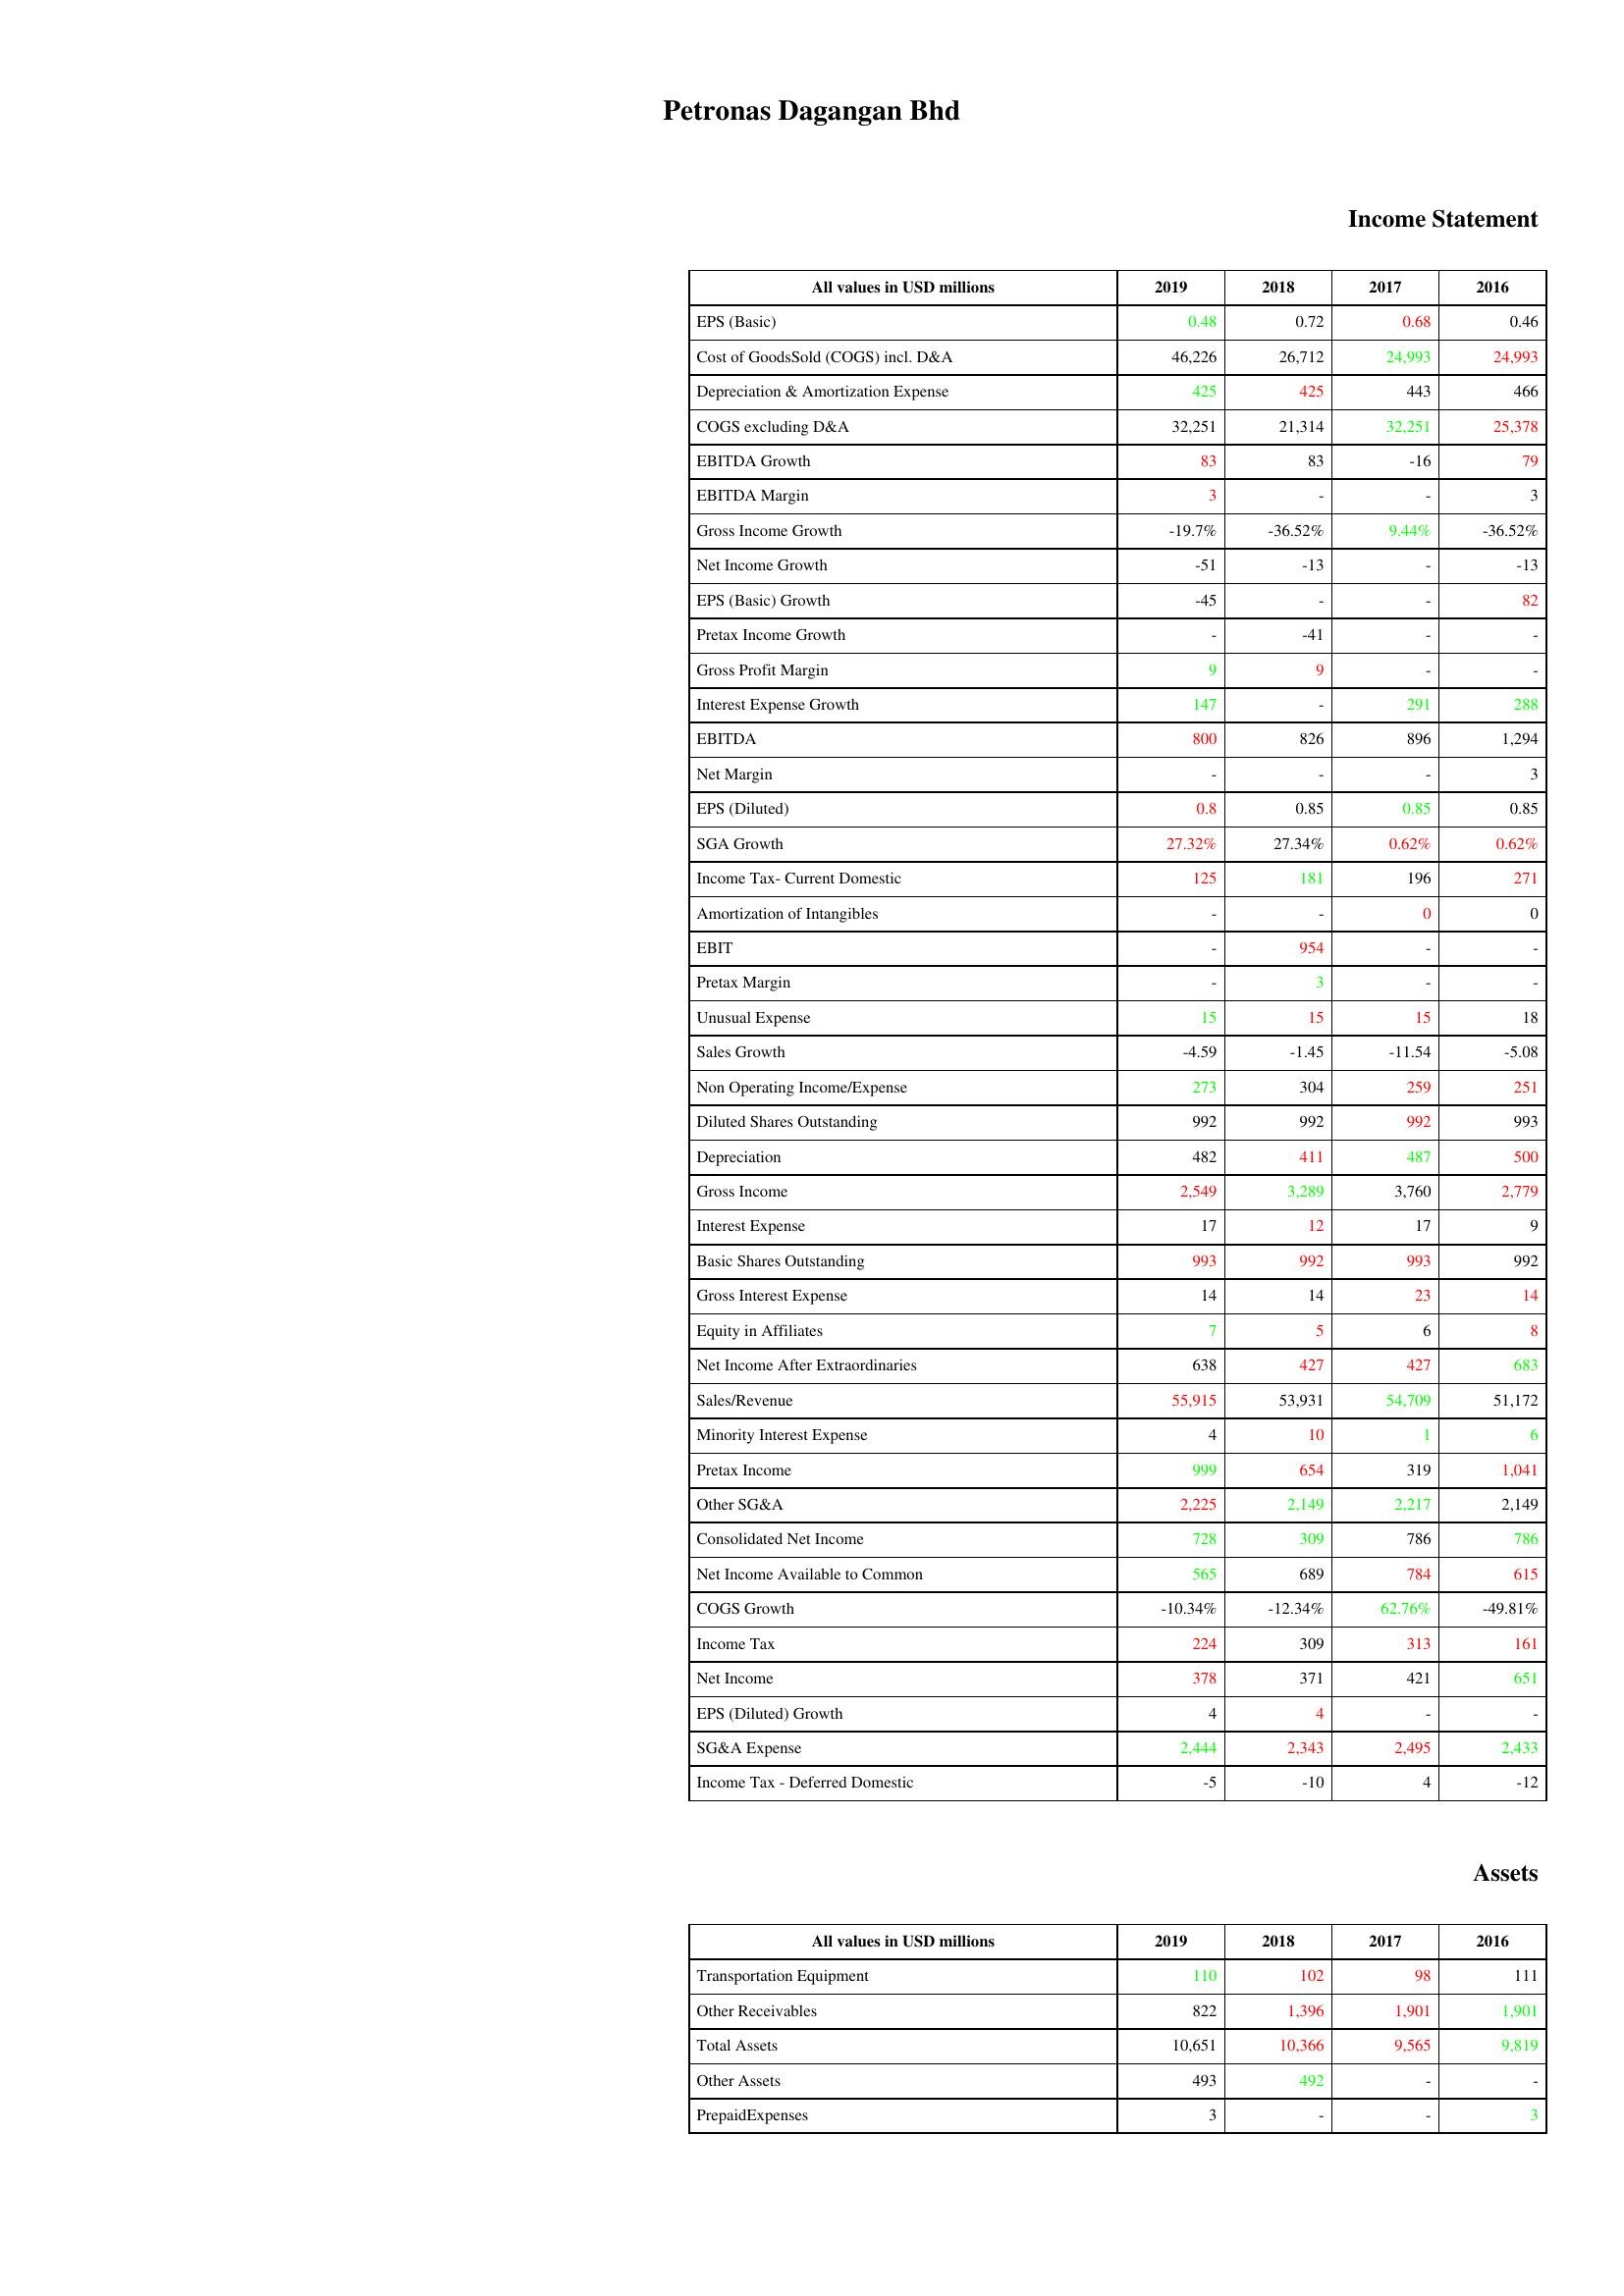
gt_parse: 2019: Income Statement: EPS (Basic): 0.48
Cost of GoodsSold (COGS) incl. D&A: 46,226
Depreciation & Amortization Expense: 425
COGS excluding D&A: 32,251
EBITDA Growth: 83
EBITDA Margin: 3
Gross Income Growth: -19.7%
Net Income Growth: -51
EPS (Basic) Growth: -45
Pretax Income Growth: -
Gross Profit Margin: 9
Interest Expense Growth: 147
EBITDA: 800
Net Margin: -
EPS (Diluted): 0.8
SGA Growth: 27.32%
Income Tax- Current Domestic: 125
Amortization of Intangibles: -
EBIT: -
Pretax Margin: -
Unusual Expense: 15
Sales Growth: -4.59
Non Operating Income/Expense: 273
Diluted Shares Outstanding: 992
Depreciation: 482
Gross Income: 2,549
Interest Expense: 17
Basic Shares Outstanding: 993
Gross Interest Expense: 14
Equity in Affiliates: 7
Net Income After Extraordinaries: 638
Sales/Revenue: 55,915
Minority Interest Expense: 4
Pretax Income: 999
Other SG&A: 2,225
Consolidated Net Income: 728
Net Income Available to Common: 565
COGS Growth: -10.34%
Income Tax: 224
Net Income: 378
EPS (Diluted) Growth: 4
SG&A Expense: 2,444
Income Tax - Deferred Domestic: -5
Assets: Transportation Equipment: 110
Other Receivables: 822
Total Assets: 10,651
Other Assets: 493
PrepaidExpenses: 3
2018: Income Statement: EPS (Basic): 0.72
Cost of GoodsSold (COGS) incl. D&A: 26,712
Depreciation & Amortization Expense: 425
COGS excluding D&A: 21,314
EBITDA Growth: 83
EBITDA Margin: -
Gross Income Growth: -36.52%
Net Income Growth: -13
EPS (Basic) Growth: -
Pretax Income Growth: -41
Gross Profit Margin: 9
Interest Expense Growth: -
EBITDA: 826
Net Margin: -
EPS (Diluted): 0.85
SGA Growth: 27.34%
Income Tax- Current Domestic: 181
Amortization of Intangibles: -
EBIT: 954
Pretax Margin: 3
Unusual Expense: 15
Sales Growth: -1.45
Non Operating Income/Expense: 304
Diluted Shares Outstanding: 992
Depreciation: 411
Gross Income: 3,289
Interest Expense: 12
Basic Shares Outstanding: 992
Gross Interest Expense: 14
Equity in Affiliates: 5
Net Income After Extraordinaries: 427
Sales/Revenue: 53,931
Minority Interest Expense: 10
Pretax Income: 654
Other SG&A: 2,149
Consolidated Net Income: 309
Net Income Available to Common: 689
COGS Growth: -12.34%
Income Tax: 309
Net Income: 371
EPS (Diluted) Growth: 4
SG&A Expense: 2,343
Income Tax - Deferred Domestic: -10
Assets: Transportation Equipment: 102
Other Receivables: 1,396
Total Assets: 10,366
Other Assets: 492
PrepaidExpenses: -
2017: Income Statement: EPS (Basic): 0.68
Cost of GoodsSold (COGS) incl. D&A: 24,993
Depreciation & Amortization Expense: 443
COGS excluding D&A: 32,251
EBITDA Growth: -16
EBITDA Margin: -
Gross Income Growth: 9.44%
Net Income Growth: -
EPS (Basic) Growth: -
Pretax Income Growth: -
Gross Profit Margin: -
Interest Expense Growth: 291
EBITDA: 896
Net Margin: -
EPS (Diluted): 0.85
SGA Growth: 0.62%
Income Tax- Current Domestic: 196
Amortization of Intangibles: 0
EBIT: -
Pretax Margin: -
Unusual Expense: 15
Sales Growth: -11.54
Non Operating Income/Expense: 259
Diluted Shares Outstanding: 992
Depreciation: 487
Gross Income: 3,760
Interest Expense: 17
Basic Shares Outstanding: 993
Gross Interest Expense: 23
Equity in Affiliates: 6
Net Income After Extraordinaries: 427
Sales/Revenue: 54,709
Minority Interest Expense: 1
Pretax Income: 319
Other SG&A: 2,217
Consolidated Net Income: 786
Net Income Available to Common: 784
COGS Growth: 62.76%
Income Tax: 313
Net Income: 421
EPS (Diluted) Growth: -
SG&A Expense: 2,495
Income Tax - Deferred Domestic: 4
Assets: Transportation Equipment: 98
Other Receivables: 1,901
Total Assets: 9,565
Other Assets: -
PrepaidExpenses: -
2016: Income Statement: EPS (Basic): 0.46
Cost of GoodsSold (COGS) incl. D&A: 24,993
Depreciation & Amortization Expense: 466
COGS excluding D&A: 25,378
EBITDA Growth: 79
EBITDA Margin: 3
Gross Income Growth: -36.52%
Net Income Growth: -13
EPS (Basic) Growth: 82
Pretax Income Growth: -
Gross Profit Margin: -
Interest Expense Growth: 288
EBITDA: 1,294
Net Margin: 3
EPS (Diluted): 0.85
SGA Growth: 0.62%
Income Tax- Current Domestic: 271
Amortization of Intangibles: 0
EBIT: -
Pretax Margin: -
Unusual Expense: 18
Sales Growth: -5.08
Non Operating Income/Expense: 251
Diluted Shares Outstanding: 993
Depreciation: 500
Gross Income: 2,779
Interest Expense: 9
Basic Shares Outstanding: 992
Gross Interest Expense: 14
Equity in Affiliates: 8
Net Income After Extraordinaries: 683
Sales/Revenue: 51,172
Minority Interest Expense: 6
Pretax Income: 1,041
Other SG&A: 2,149
Consolidated Net Income: 786
Net Income Available to Common: 615
COGS Growth: -49.81%
Income Tax: 161
Net Income: 651
EPS (Diluted) Growth: -
SG&A Expense: 2,433
Income Tax - Deferred Domestic: -12
Assets: Transportation Equipment: 111
Other Receivables: 1,901
Total Assets: 9,819
Other Assets: -
PrepaidExpenses: 3